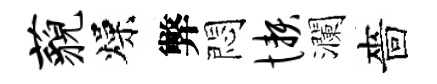
藐燥弊悶懒瀾嗇